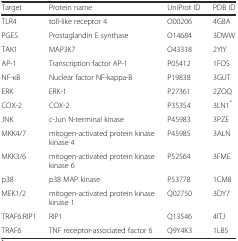
| Target | Protein name | UniProt ID | PDB ID |
 | --- | --- | --- | --- |
 | TLR4 | toll-like receptor 4 | O00206 | 4G8A |
 | PGES | Prostaglandin E synthase | O14684 | 3DWW |
 | TAK1 | MAP3K7 | O43318 | 2YIY |
 | AP-1 | Transcription factor AP-1 | P05412 | 1FOS |
 | NF-κB | Nuclear factor NF-kappa-B | P19838 | 3GUT |
 | ERK | ERK-1 | P27361 | 2ZOQ |
 | COX-2 | COX-2 | P35354 | 3LN1* |
 | JNK | c-Jun N-terminal kinase | P45983 | 3PZE |
 | MKK4/7 | mitogen-activated protein kinase kinase 4 | P45985 | 3ALN |
 | MKK3/6 | mitogen-activated protein kinase kinase 6 | P52564 | 3FME |
 | p38 | p38 MAP kinase | P53778 | 1CM8 |
 | MEK1/2 | mitogen-activated protein kinase kinase 1 | Q02750 | 3DY7 |
 | TRAF6:RIP1 | RIP1 | Q13546 | 4ITJ |
 | TRAF6 | TNF receptor-associated factor 6 | Q9Y4K3 | 1LB5 |